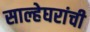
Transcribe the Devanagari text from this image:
साल्हेघरांची